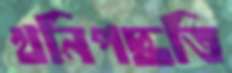
খনিপদ্ধতি